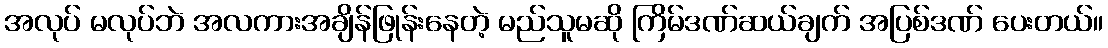
အလုပ် မလုပ်ဘဲ အလကားအချိန်ဖြုန်းနေတဲ့ မည်သူမဆို ကြိမ်ဒဏ်ဆယ်ချက် အပြစ်ဒဏ် ပေးတယ်။